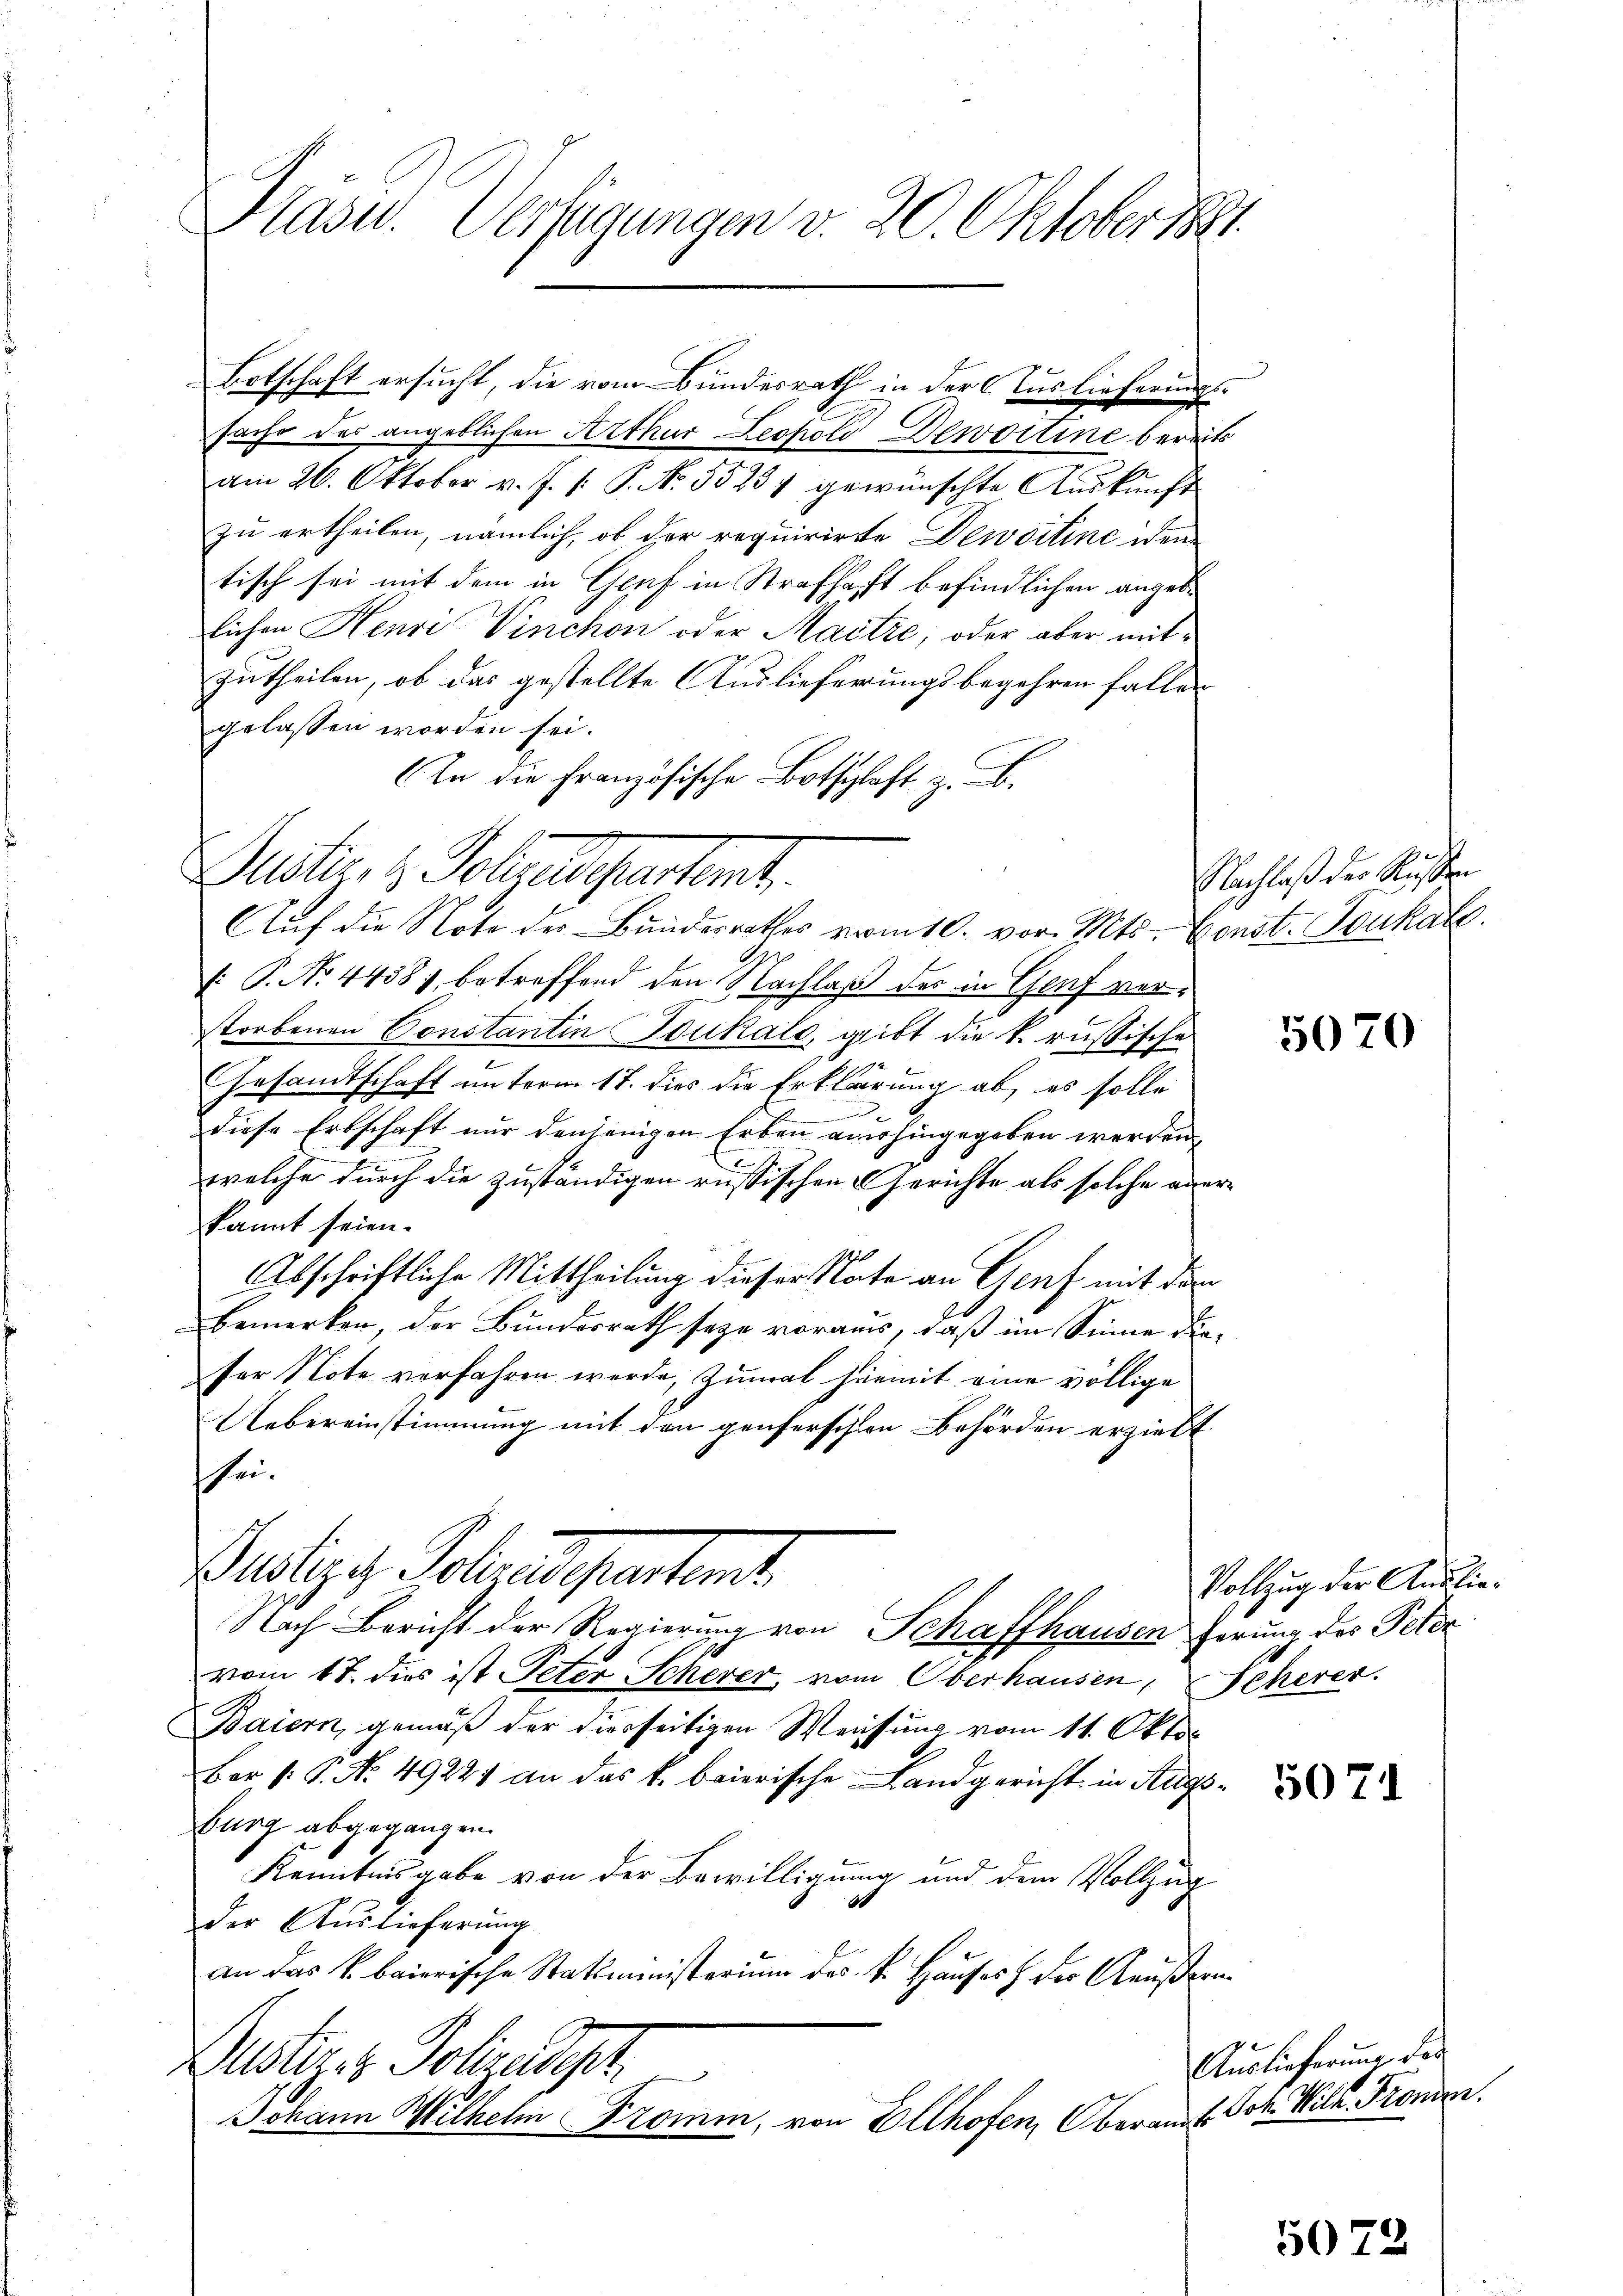
Kasw. Verfügungen v. 20. Oktober 1891.

Botschaft ersucht, die vom Bundesrath in der Auslieferungsfache des angeblichen Arthur Leopold Dewoctine bereits
am 26. Oktober v. J. /: P. No. 55237 gewünschte Auskunft
zu ertheilen, nämlich, ob der requirirte Dewsitine iden
tisch sei mit dem in Genf in Strafhaft befindlichen angeblichen Henri Vinchon oder Maitre, oder aber mitzutheilen, ob das gestellte Auslieferungsbegehren fallen
gelassen worden sei.
In die Französische Botschlaft z. B.
Alste, z. Sohnedepartent.
Auf die Note des Bundesrathes vom 10. vor. Mts. Const. Tonkall.
E
: P. No 4438 betreffend den Nachlaß der in Genf verstorbenen Constantin Dukate, gibt die k. russische
Gesandtschaft unterm 17. dies die Erklärung ab, es solle

diese Erbschaft nur denjenigen Erben aushingegeben werden,
welche durch die zuständigen russischen Gerichte als solche anerkannt seien.
Abschriftliche Mittheilung dieser Nate an Genf mit dem
bemerken, der Bundesrath seye voraus, daß im Sinne dieser Note verfahren werde, zumal hiemit eine völlige
Uebereinstimmung mit den genferschen Behörden erzielt.
sei.
Buslegg, Soll aus partent
Nach Bericht der Regierung von Schaffhausen herung des Peter
vom 17. dies ist Peter Scherer, vom Oberhausen, Scherer.
Baiern, gemäß der hierseitigen Weisung vom 11. Oktob
Ber /: P. No. 49227 an das k. baierische Landgericht in Auss
burg abgegangen.
Kenntnisgabe von der Bewilligung und dem Vollzug
der Auslieferung
an das k. baierische Statsministerium des k. Hauses & der Aeußern¬
Justiges Polizadopt
Johann Wilhelm Fromm, von Ellhofen, Oberauf Joh. Milz. Kronen.

Nachlaß der Rißen

5070

Vollzug der Auslie¬

Auslieferung des

5075